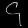
Digit: ၄